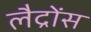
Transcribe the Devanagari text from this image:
लैद्रोंस